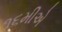
૧૬મીએ